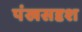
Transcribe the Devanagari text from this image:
पंखसदृश